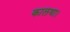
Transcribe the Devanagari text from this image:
कालथा।